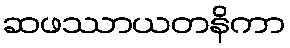
ဆဖဿာယတနိကာ